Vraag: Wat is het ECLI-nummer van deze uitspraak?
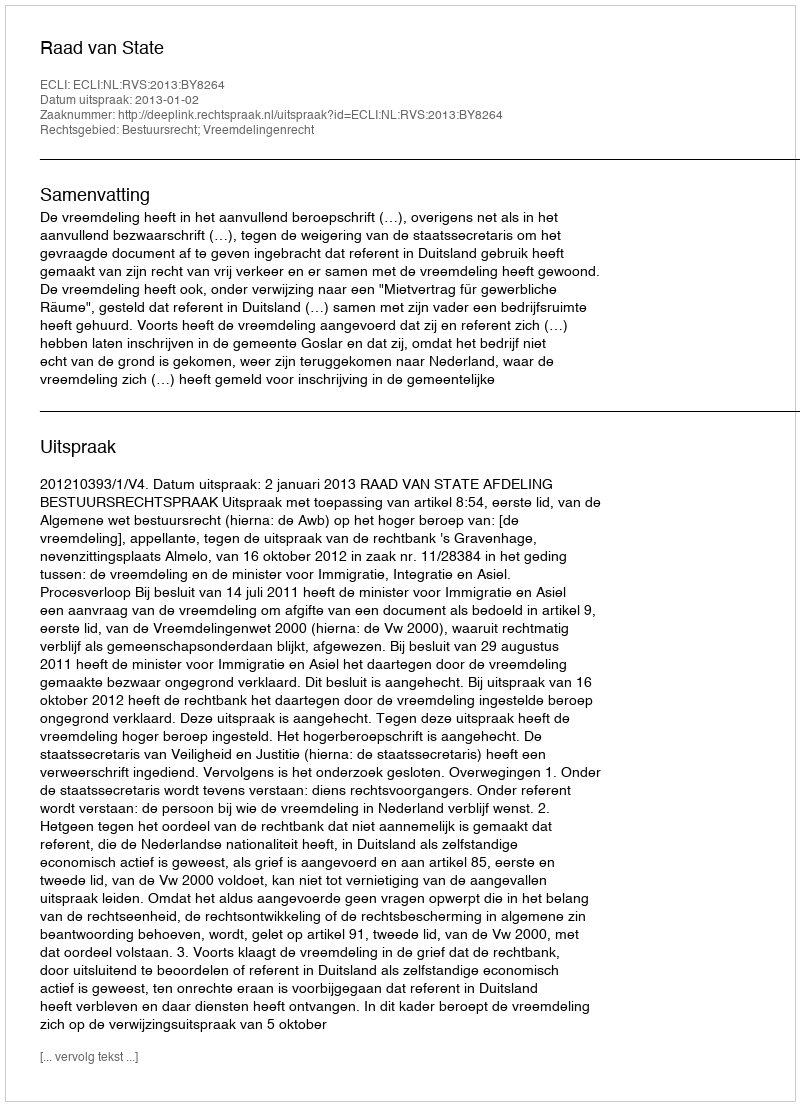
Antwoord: ECLI:NL:RVS:2013:BY8264